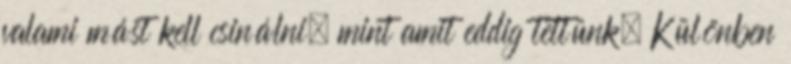
valami mást kell csinálni, mint amit eddig tettünk. Különben